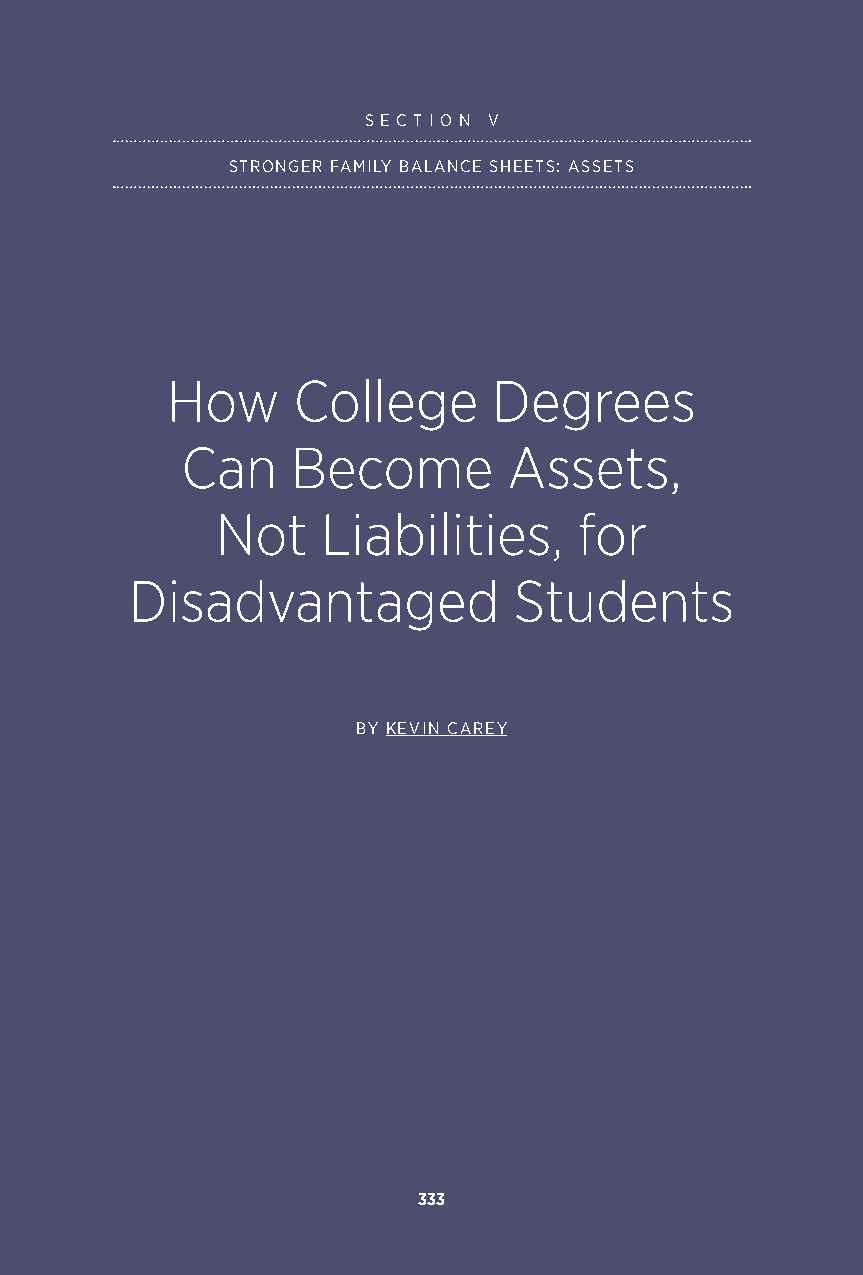
S E C T I O N V
 STRONGER FAMILY BALANCE SHEETS: ASSETS
 How     College       Degrees
 Can    Become         Assets,
 Not    Liabilities,     for
 Disadvantaged            Students
 BY KEVIN CAREY
 333